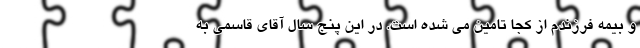
و بیمه فرزندم از کجا تامین می شده است. در این پنج سال آقای قاسمی به